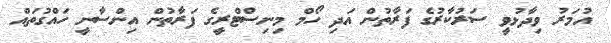
އުމަރު ވިދާޅުވީ ސަރުކާރުގެ ފަރާތުން އަދި ހޯމް މިނިސްޓްރީގެ ފަރާތުން އިންސާނީ ހައްގުތައް